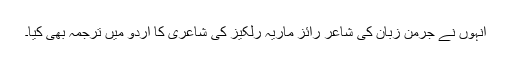
انہوں نے جرمن زبان کی شاعر رائز ماریہ رلکیز کی شاعری کا اردو میں ترجمہ بھی کیا۔